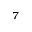
^ 7